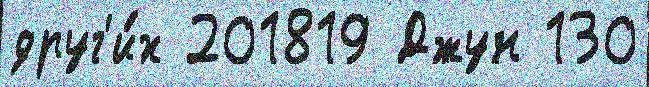
друг'и́х 201819 Джун 130